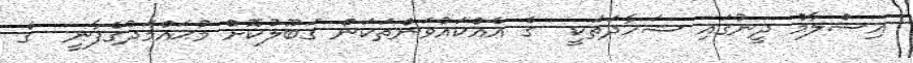
އިސްލާމް ދީނުގައި ޝަހާދަތަކީ  ގެ އެއްކައުވަންތަކަން ޤަބޫލުކޮށް މުޙައްމަދުގެފާނީ  ގެ